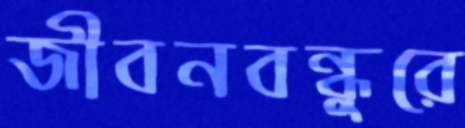
জীবনবন্ধুরে